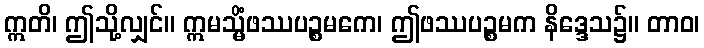
ဣတိ၊ ဤသို့လျှင်။ ဣမသ္မိံဖဿပဉ္စမကေ၊ ဤဖဿပဉ္စမက နိဒ္ဒေသ၌။ တာဝ၊